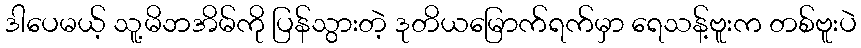
ဒါပေမယ့် သူ့မိဘအိမ်ကို ပြန်သွားတဲ့ ဒုတိယမြောက်ရက်မှာ ရေသန့်ဗူးက တစ်ဗူးပဲ